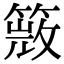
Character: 𥰙